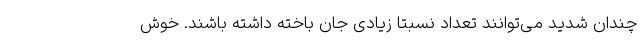
چندان شدید می‌توانند تعداد نسبتا زیادی جان باخته داشته باشند. خوش